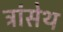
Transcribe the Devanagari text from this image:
ट्रांसेथ